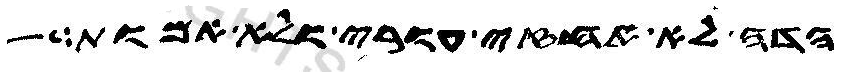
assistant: הדה לא אחזי עורי ולא אמות